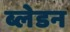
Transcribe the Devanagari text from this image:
ब्लेडन